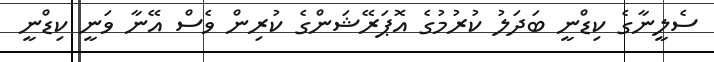
ސެލީނާގެ ކިޑްނީ ބަދަލު ކުރުމުގެ އޮޕަރޭޝަންގެ ކުރިން ވެސް އޭނާ ވަނީ ކިޑްނީ